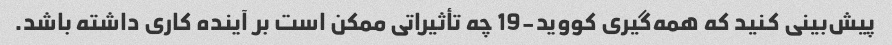
پیش‌بینی کنید که همه‌گیری کووید-19 چه تأثیراتی ممکن است بر آینده کاری داشته باشد.